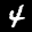
Label: 4